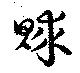
賕